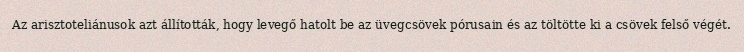
Az arisztoteliánusok azt állították, hogy levegő hatolt be az üvegcsövek pórusain és az töltötte ki a csövek felső végét.